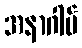
အနာဂါမ်